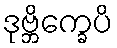
ဒုဗ္ဘိက္ခေပိ